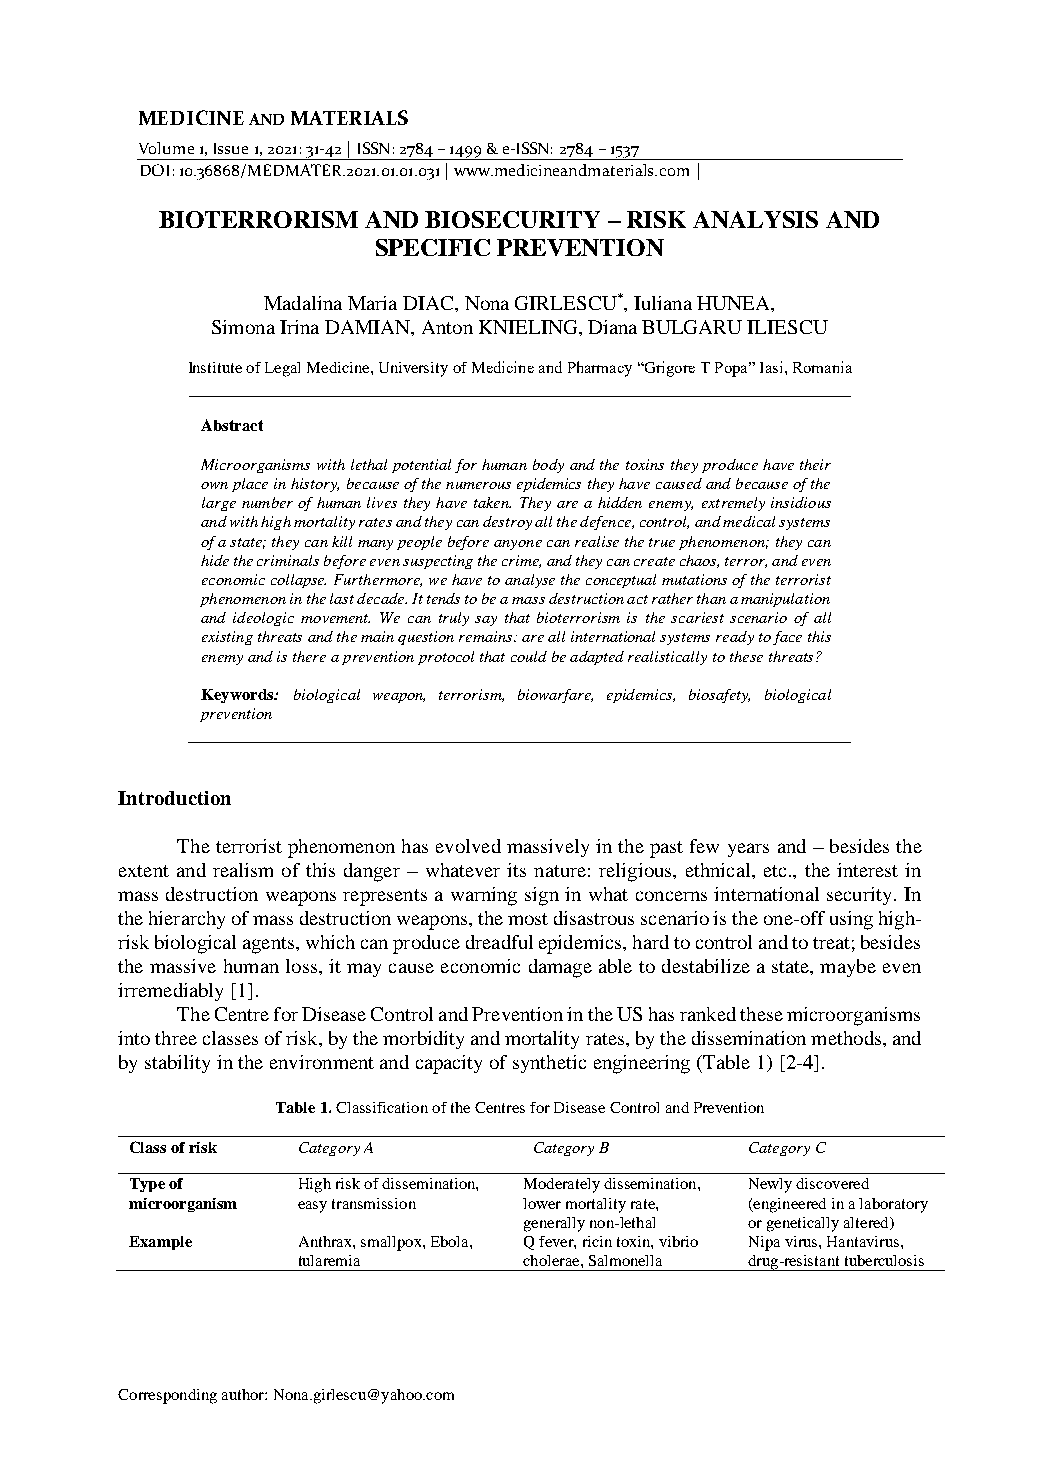
MEDICINE AND MATERIALS
 Volume 1, Issue 1, 2021: 31-42 | ISSN: 2784 – 1499 & e-ISSN: 2784 – 1537
 DOI: 10.36868/MEDMATER.2021.01.01.031 | www.medicineandmaterials.com |
 BIOTERRORISM AND BIOSECURITY – RISK ANALYSIS AND
 SPECIFIC PREVENTION
 Madalina Maria DIAC, Nona GIRLESCU*, Iuliana HUNEA,
 Simona Irina DAMIAN, Anton KNIELING, Diana BULGARU ILIESCU
 Institute of Legal Medicine, University of Medicine and Pharmacy “Grigore T Popa” Iasi, Romania
 Abstract
 Microorganisms with lethal potential for human body and the toxins they produce have their
 own place in history, because of the numerous epidemics they have caused and because of the
 large number of human lives they have taken. They are a hidden enemy, extremely insidious
 and with high mortality rates and they can destroy all the defence, control, and medical systems
 of a state; they can kill many people before anyone can realise the true phenomenon; they can
 hide the criminals before even suspecting the crime, and they can create chaos, terror, and even
 economic collapse. Furthermore, we have to analyse the conceptual mutations of the terrorist
 phenomenon in the last decade. It tends to be a mass destruction act rather than a manipulation
 and ideologic movement. We can truly say that bioterrorism is the scariest scenario of all
 existing threats and the main question remains: are all international systems ready to face this
 enemy and is there a prevention protocol that could be adapted realistically to these threats?
 Keywords: biological weapon, terrorism, biowarfare, epidemics, biosafety, biological
 prevention
 Introduction
 The terrorist phenomenon has evolved massively in the past few years and – besides the
 extent and realism of this danger – whatever its nature: religious, ethnical, etc., the interest in
 mass destruction weapons represents a warning sign in what concerns international security. In
 the hierarchy of mass destruction weapons, the most disastrous scenario is the one-off using high-
 risk biological agents, which can produce dreadful epidemics, hard to control and to treat; besides
 the massive human loss, it may cause economic damage able to destabilize a state, maybe even
 irremediably [1].
 The Centre for Disease Control and Prevention in the US has ranked these microorganisms
 into three classes of risk, by the morbidity and mortality rates, by the dissemination methods, and
 by stability in the environment and capacity of synthetic engineering (Table 1) [2-4].
 Table 1. Classification of the Centres for Disease Control and Prevention
 Class of risk Category A  Category B     Category C
 Type of    High risk of dissemination, Moderately dissemination, Newly discovered
 microorganism easy transmission lower mortality rate, (engineered in a laboratory
 generally non-lethal or genetically altered)
 Example    Anthrax, smallpox, Ebola, Q fever, ricin toxin, vibrio Nipa virus, Hantavirus,
 tularemia      cholerae, Salmonella drug-resistant tuberculosis
 Corresponding author: Nona.girlescu@yahoo.com